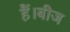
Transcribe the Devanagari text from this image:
हैं।बीज